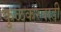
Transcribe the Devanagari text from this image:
कुळकरवाडी